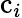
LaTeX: \mathrm{c}_{i}